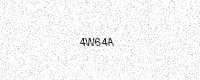
Text: 4W64A